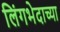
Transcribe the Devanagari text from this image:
लिंगभेदाच्या